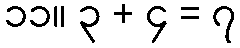
၁၁။ ၃ + ၄ = ၇